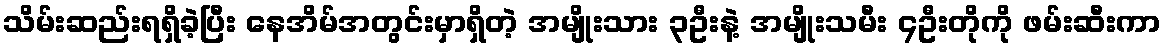
သိမ်းဆည်းရရှိခဲ့ပြီး နေအိမ်အတွင်းမှာရှိတဲ့ အမျိုးသား ၃ဦးနဲ့ အမျိုးသမီး ၄ဦးတိုကို ဖမ်းဆီးကာ